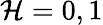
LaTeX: \mathcal{H}=0,1